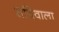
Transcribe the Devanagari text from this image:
सचिवाला